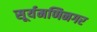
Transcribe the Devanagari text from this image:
सूर्यमणिनगर